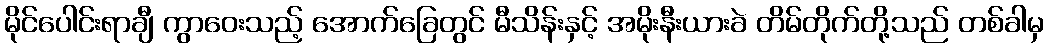
မိုင်ပေါင်းရာချီ ကွာဝေးသည့် အောက်ခြေတွင် မီသိန်းနှင့် အမိုးနီးယားခဲ တိမ်တိုက်တို့သည် တစ်ခါမှ